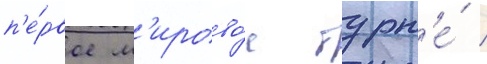
п'е́рвое м'ирово́е турн'е́ /